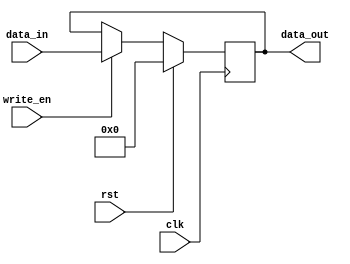
module dual_port_register (
    input clk, // Clock signal
    input rst, // Reset signal
    input write_en, // Write enable signal
    input [7:0] data_in, // Input data bus
    output reg [7:0] data_out // Output data bus
);

reg [7:0] reg_data; // Internal register to store data

always @(posedge clk) begin
    if (rst) begin
        reg_data <= 8'h00; // Reset the internal register
    end else if (write_en) begin
        reg_data <= data_in; // Write data to the register
    end
end

assign data_out = reg_data; // Output data from the register

endmodule